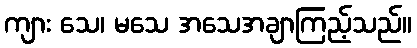
ကျား သေ၊ မသေ အသေအချာကြည့်သည်။